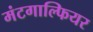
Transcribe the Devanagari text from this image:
मंटगाल्फियर